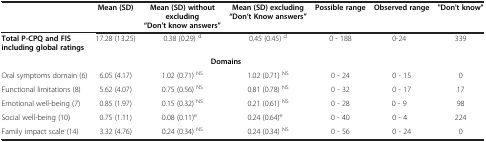
<table><thead><tr><td><b> </b></td><td><b>Mean (SD)</b></td><td><b>Mean (SD) without excluding “Don’t know answers”</b></td><td><b>Mean (SD) excluding “Don’t Know answers”</b></td><td><b>Possible range</b></td><td><b>Observed range</b></td><td><b>&quot;Don&#x27;t know&quot;</b></td></tr></thead><tbody><tr><td><b>Total P-CPQ and FIS including global ratings</b></td><td>17.28 (13.25)</td><td>0.38 (0.29) <sup>d</sup></td><td>0.45 (0.45) <sup>d</sup></td><td>0 - 188</td><td>0-24</td><td>339</td></tr><tr><td colspan="7"><b>Domains</b></td></tr><tr><td>Oral symptoms domain (6)</td><td>6.05 (4.17)</td><td>1.02 (0.71) <sup>NS</sup></td><td>1.02 (0.71) <sup>NS</sup></td><td>0 - 24</td><td>0 - 15</td><td>0</td></tr><tr><td>Functional limitations (8)</td><td>5.62 (4.07)</td><td>0.75 (0.56) <sup>NS</sup></td><td>0.81 (0.78) <sup>NS</sup></td><td>0 - 32</td><td>0 - 17</td><td>17</td></tr><tr><td>Emotional well-being (7)</td><td>0.85 (1.97)</td><td>0.15 (0.32) <sup>NS</sup></td><td>0.21 (0.61) <sup>NS</sup></td><td>0 - 28</td><td>0 - 9</td><td>98</td></tr><tr><td>Social well-being (10)</td><td>0.75 (1.11)</td><td>0.08 (0.11)<sup>e</sup></td><td>0.24 (0.64)<sup>e</sup></td><td>0 - 40</td><td>0 - 4</td><td>224</td></tr><tr><td>Family impact scale (14)</td><td>3.32 (4.76)</td><td>0.24 (0.34) <sup>NS</sup></td><td>0.24 (0.34) <sup>NS</sup></td><td>0 - 56</td><td>0 - 24</td><td>0</td></tr></tbody></table>